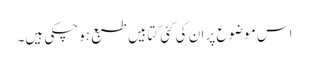
اس موضوع پر ان کی کئی کتابیں طبع ہوچکی ہیں۔